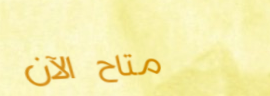
متاح الآن